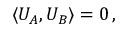
\langle U _ { A } , U _ { B } \rangle = 0 \, ,